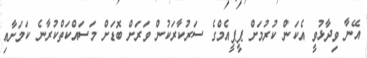
އޭނާ ވިދާޅުވީ އެކަން ކުރުމަށް ޕީޕީއެމްގެ ސަރުކާރަކުން ވަރަށް ބޮޑަށް މަސައްކަތްކުރާނެ ކަމަށާއި